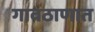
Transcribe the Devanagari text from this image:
गावठाणात